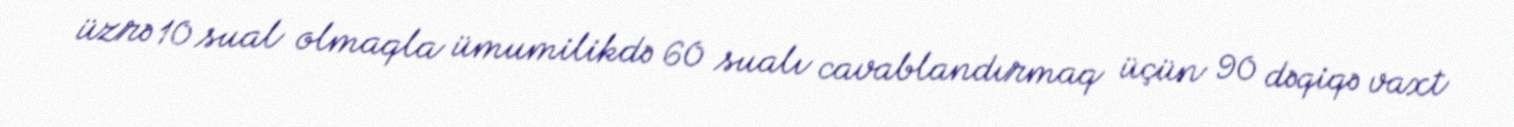
üzrə 10 sual olmaqla ümumilikdə 60 sualı cavablandırmaq üçün 90 dəqiqə vaxt